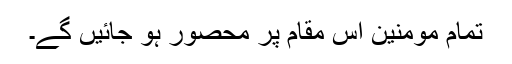
تمام مومنین اس مقام پر محصور ہو جائیں گے۔